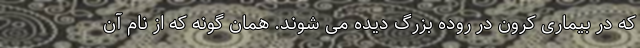
که در بیماری کرون در روده بزرگ دیده می شوند. همان گونه که از نام آن